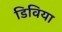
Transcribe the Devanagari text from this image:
डिविया